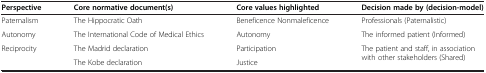
<table><thead><tr><td><b>Perspective</b></td><td><b>Core normative document(s)</b></td><td><b>Core values highlighted</b></td><td><b>Decision made by (decision-model)</b></td></tr></thead><tbody><tr><td>Paternalism</td><td>The Hippocratic Oath</td><td>Beneficence Nonmaleficence</td><td>Professionals (Paternalistic)</td></tr><tr><td>Autonomy</td><td>The International Code of Medical Ethics</td><td>Autonomy</td><td>The informed patient (Informed)</td></tr><tr><td>Reciprocity</td><td>The Madrid declaration</td><td>Participation</td><td>The patient and staff, in association with other stakeholders (Shared)</td></tr><tr><td> </td><td>The Kobe declaration</td><td>Justice</td><td> </td></tr></tbody></table>